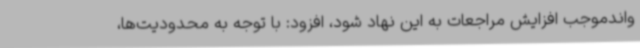
واندموجب افزایش مراجعات به این نهاد شود، افزود: با توجه به محدودیت‌ها،